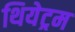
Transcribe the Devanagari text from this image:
थियेट्रम